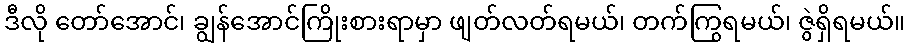
ဒီလို တော်အောင်၊ ချွန်အောင်ကြိုးစားရာမှာ ဖျတ်လတ်ရမယ်၊ တက်ကြွရမယ်၊ ဇွဲရှိရမယ်။